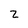
Character: 2